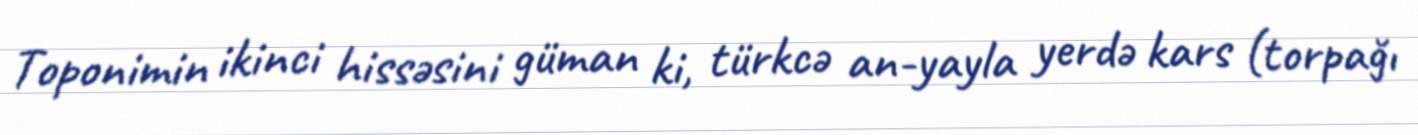
Toponimin ikinci hissəsini güman ki, türkcə an-yayla yerdə kars (torpağı